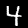
Label: 4